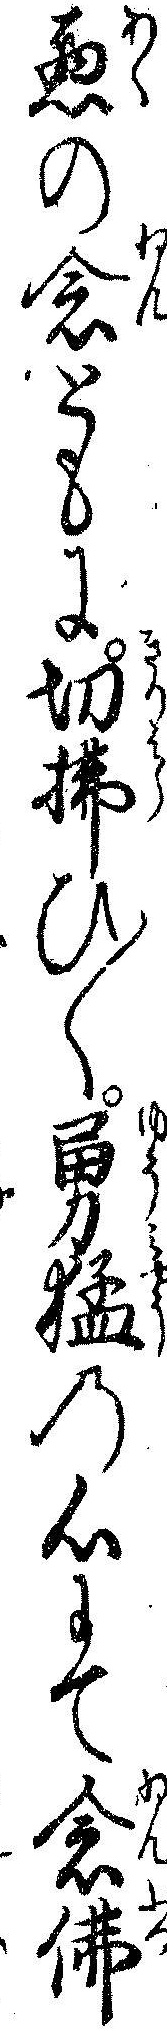
悪の念ともに切払ひ〱勇猛の心にて念仏